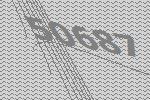
50687